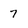
Character: 7